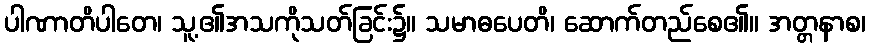
ပါဏာတိပါတေ၊ သူ့၏အသကိုသတ်ခြင်း၌။ သမာဓပေတိ၊ ဆောက်တည်စေ၏။ အတ္တနာစ၊